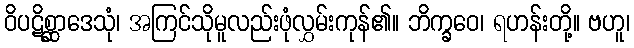
ဝိပဋိစ္ဆာဒေသုံ၊ အကြင်သိုမူလည်းဖုံလွှမ်းကုန်၏။ ဘိက္ခဝေ၊ ရဟန်းတို့။ ဗဟူ၊